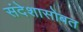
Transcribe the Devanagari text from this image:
संदेशासोबत